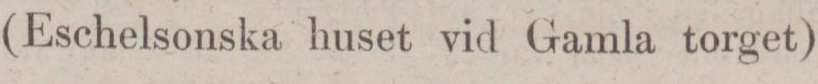
(Eschelsonska huset vid Gamla torget)